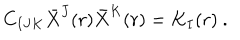
C _ { I J K } \bar { X } ^ { J } ( r ) \bar { X } ^ { K } ( r ) = K _ { I } ( r ) \ .